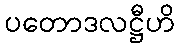
ပတောဒလဋ္ဌီဟိ